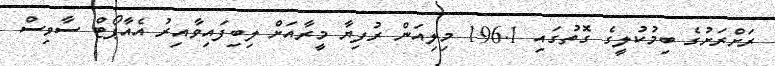
ރަށްރަށުގެ ބިމުކުލީގެ ގޮތުގައި 196.1 މިލިއަން ރުފިޔާ މީރާއަށް ލިބިފައިވާއިރު އެއާޕޯޓް ސާވިސް